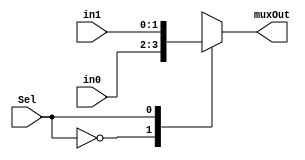
module mux2to1_2bit(input [1:0] in0, input [1:0] in1, input Sel, output reg [1:0] muxOut);
	always @ (in0,in1,Sel)
	begin
		case(Sel)
			1'b0:	muxOut=in0;
			1'b1:	muxOut=in1;
		endcase
	end
endmodule


module mux4to1_2bit(input [1:0] in0, input [1:0] in1, input [1:0] in2, input [1:0] in3, input [1:0] Sel, output reg [1:0] muxOut);
	always @ (in0,in1,in2,in3,Sel)
	begin
		case(Sel)
			2'b00:	muxOut=in0;
			2'b01:	muxOut=in1;
			2'b10:	muxOut=in2;
			2'b11:	muxOut=in3;
		endcase
	end
endmodule


module decoder2to4(input [1:0] decIn, output reg [3:0] decOut);
	always @ (decIn)
	begin
		case(decIn)
			2'b00:	decOut=4'b0001;
			2'b01:	decOut=4'b0010;
			2'b10:	decOut=4'b0100;
			2'b11:	decOut=4'b1000;
		endcase
	end
endmodule

	
module counter(input load, input enable, input clk, input reset, input [1:0] init_value, input dcr, output reg [1:0] count);
	always @ (negedge clk,reset)
	begin
		if(reset)
			count=init_value;
		else
		begin
			if(enable)
			begin
				if(dcr)
					count=count-1;
				if(load)
					count=2'b11;
			end
		end
	end
endmodule	
		

module encoder4to2(input [3:0] encIn, output reg [1:0] encOut);
	always @ (encIn)
	begin
		case(encIn)
			4'b0000:	encOut=2'bxx;
			4'b0001:	encOut=2'b00;
			4'b0011:	encOut=2'b00;
			4'b0101:	encOut=2'b00;
			4'b0111:	encOut=2'b00;
			4'b1001:	encOut=2'b00;
			4'b1011:	encOut=2'b00;
			4'b1101:	encOut=2'b00;
			4'b1111:	encOut=2'b00;
						
			4'b0010:	encOut=2'b01;
			4'b0110:	encOut=2'b01;
			4'b1010:	encOut=2'b01;
			4'b1110:	encOut=2'b01;
			
			4'b0100:	encOut=2'b10;
			4'b1100:	encOut=2'b10;
						
			4'b1000:	encOut=2'b11;
		endcase
	end
endmodule



module comparator(input [1:0] in, input [1:0] ref, output reg dcr, output reg p);
	always @ (in,ref)
	begin
		if(in>ref)
			dcr=1'b1;
		else
			dcr=1'b0;
		
		if(in==2'b00)
			p=1'b1;
		else
			p=1'b0;
	end
endmodule
						
							
						
module lru(input [1:0] lineIndex, input clk, input reset, input enable, input hit, output reg [1:0] lruOut);
	
	wire [1:0] mux1Out,mux2Out,cnt0Out,cnt1Out,cnt2Out,cnt3Out;
	wire [3:0] decOut;	
	wire comp0Dcr,comp1Dcr,comp2Dcr,comp3Dcr,comp0P,comp1P,comp2P,comp3P;
	reg [3:0] encIn;	
	wire [1:0] encOut;
	
	always @ (comp0P,comp1P,comp2P,comp3P)
	begin
		encIn={comp3P,comp2P,comp1P,comp0P};
	end 
	
	always @ (encOut)
	begin
		lruOut=encOut;
	end
		
				
	mux2to1_2bit mmux1(lruOut,lineIndex,hit,mux1Out);
	
	decoder2to4 dec(mux1Out,decOut);
	
	counter cnt0(decOut[0],enable,clk,reset,2'b00,(comp0Dcr&~decOut[0]),cnt0Out);
	
	counter cnt1(decOut[1],enable,clk,reset,2'b00,(comp1Dcr&~decOut[1]),cnt1Out);
	
	counter cnt2(decOut[2],enable,clk,reset,2'b00,(comp2Dcr&~decOut[2]),cnt2Out);
	
	counter cnt3(decOut[3],enable,clk,reset,2'b00,(comp3Dcr&~decOut[3]),cnt3Out);
	
	mux4to1_2bit mux2(cnt0Out,cnt1Out,cnt2Out,cnt3Out,mux1Out,mux2Out);

	comparator comp0(cnt0Out,mux2Out,comp0Dcr,comp0P);

	comparator comp1(cnt1Out,mux2Out,comp1Dcr,comp1P);
	
	comparator comp2(cnt2Out,mux2Out,comp2Dcr,comp2P);
	
	comparator comp3(cnt3Out,mux2Out,comp3Dcr,comp3P);
	
	encoder4to2 enc(encIn,encOut);

endmodule